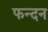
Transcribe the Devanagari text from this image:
फन्दन